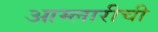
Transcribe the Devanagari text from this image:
आम्लारीची